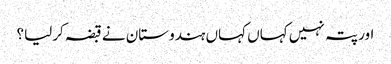
اور پتہ نہیں کہاں کہاں ہندوستان نے قبضہ کرلیا؟